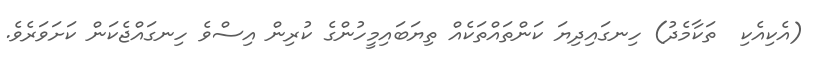
(އެކިއެކި  ތަކާމެދު) ހިނގައިދިޔަ ކަންތައްތަކެއް ތިޔަބައިމީހުންގެ ކުރިން އިސްވެ ހިނގައްޖެކަން ކަށަވަރެވެ.